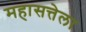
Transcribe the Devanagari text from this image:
महासत्तेला